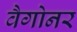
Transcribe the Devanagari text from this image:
वैगोनर